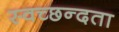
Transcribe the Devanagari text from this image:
स्‍वच्‍छन्‍दता